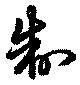
制